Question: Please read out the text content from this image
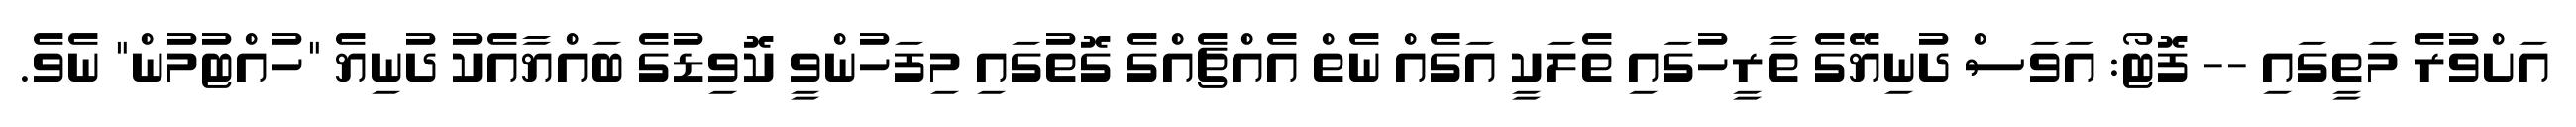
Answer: އަށްވުރެ މަތީގައި -- ފޮޓޯ: އަވަސް ދުނިޔޭގެ ތާރީހުގައި ތެލަކީ އަގެއް ނެތް އެއްޗެއްގެ ގޮތުގައި މިފަހުންވީ ކޮވިޑުގެ ބައްޔާއެކު ދުނިޔެ "ހުއްޓުމުން" ނެވެ.